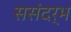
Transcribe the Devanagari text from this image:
ससंदर्भ